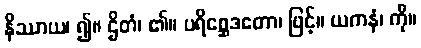
နိဿာယ၊ ၍။ ဌိတံ၊ ၏။ ပရိစ္ဆေဒတော၊ ဖြင့်။ ယကနံ၊ ကို။